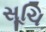
સૂચિ